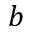
b